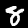
Digit: 8